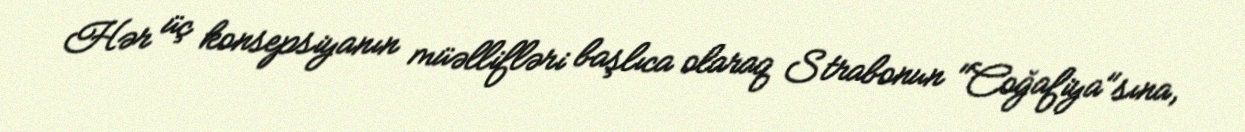
Hər üç konsepsiyanın müəllifləri başlıca olaraq Strabonun "Coğafiya"sına,